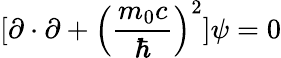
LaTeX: [\mathbf{\partial}\cdot\mathbf{\partial}+\left({\frac{m_{0}c}{\hbar}}\right)^{2}]\psi=0